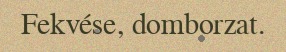
Fekvése, domborzat.